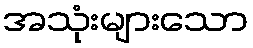
အသုံးများသော